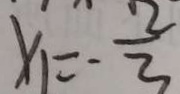
x _ { 1 } = - \frac { 2 } { 3 }